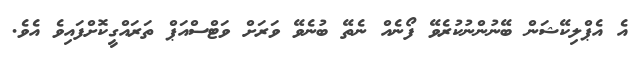
އެ އެޕްލިކޭޝަން ބޭނުންނުކުރެވޭ ފޯނެއް ނެތޭ ބުނެވޭ ވަރަށް ވަޓްސްއަޕް ތަރައްގީކޮށްފައިވެ އެވެ.